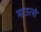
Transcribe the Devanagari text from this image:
माउत्से